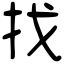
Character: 找